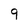
Character: 9